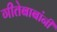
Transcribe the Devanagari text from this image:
गीतेबाबांनी